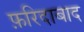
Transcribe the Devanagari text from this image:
फ़रिदाबाद